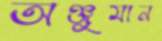
অঞ্জুমান